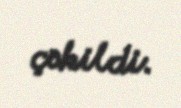
çəkildi.